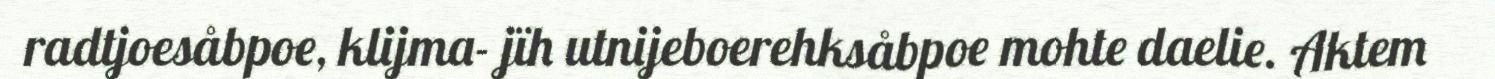
radtjoesåbpoe, klijma- jïh utnijeboerehksåbpoe mohte daelie. Aktem